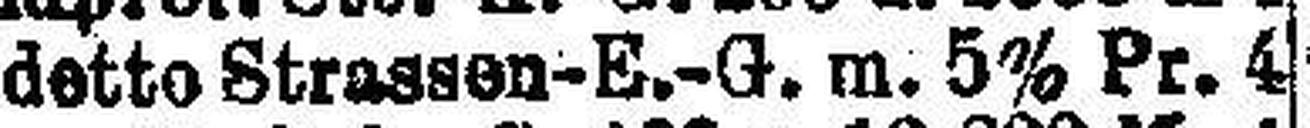
detto Strassen-E.-G. m. 5% Pr. 4